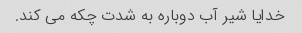
خدایا شیر آب دوباره به شدت چکه می کند.